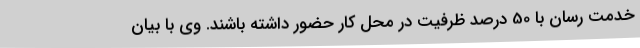
خدمت رسان با 50 درصد ظرفیت در محل کار حضور داشته باشند. وی با بیان